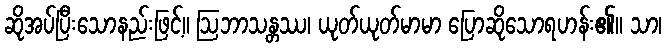
ဆိုအပ်ပြီးသောနည်းဖြင့်။ ဩဘာသန္တဿ၊ ယုတ်ယုတ်မာမာ ပြောဆိုသောရဟန်း၏။ သာ၊